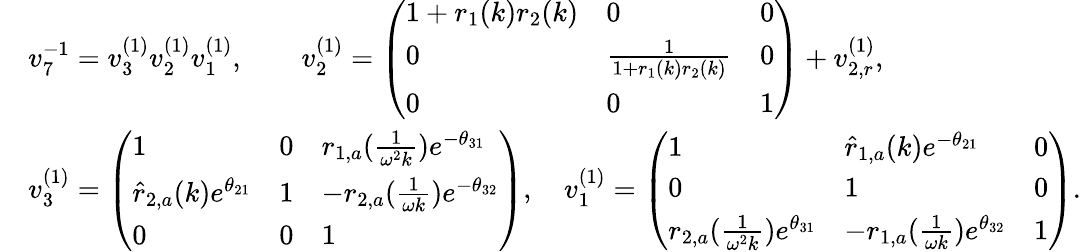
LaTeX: \begin{array}{rl}&{v_{7}^{-1}=v_{3}^{(1)}v_{2}^{(1)}v_{1}^{(1)},\qquad v_{2}^{(1)}=\left(\begin{array}{lll}{1+r_{1}(k)r_{2}(k)}&{0}&{0}\\ {0}&{\frac{1}{1+r_{1}(k)r_{2}(k)}}&{0}\\ {0}&{0}&{1}\end{array}\right)+v_{2,r}^{(1)},}\\ &{v_{3}^{(1)}=\left(\begin{array}{lll}{1}&{0}&{r_{1,a}(\frac{1}{\omega^{2}k})e^{-\theta_{31}}}\\ {\hat{r}_{2,a}(k)e^{\theta_{21}}}&{1}&{-r_{2,a}(\frac{1}{\omega k})e^{-\theta_{32}}}\\ {0}&{0}&{1}\end{array}\right),\quad v_{1}^{(1)}=\left(\begin{array}{lll}{1}&{\hat{r}_{1,a}(k)e^{-\theta_{21}}}&{0}\\ {0}&{1}&{0}\\ {r_{2,a}(\frac{1}{\omega^{2}k})e^{\theta_{31}}}&{-r_{1,a}(\frac{1}{\omega k})e^{\theta_{32}}}&{1}\end{array}\right).}\end{array}